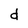
Character: d